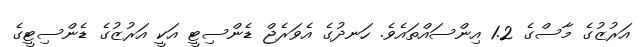
އަރުޒުގެ މާސްގެ 1.2 އިންސައްތައެވެ. ހަނދުގެ އެވަރެޖް ޑެންސިޓީ އަކީ އަރުޒުގެ ޑެންސިޓީގެ